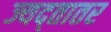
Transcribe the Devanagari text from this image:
ज्यद्तातर